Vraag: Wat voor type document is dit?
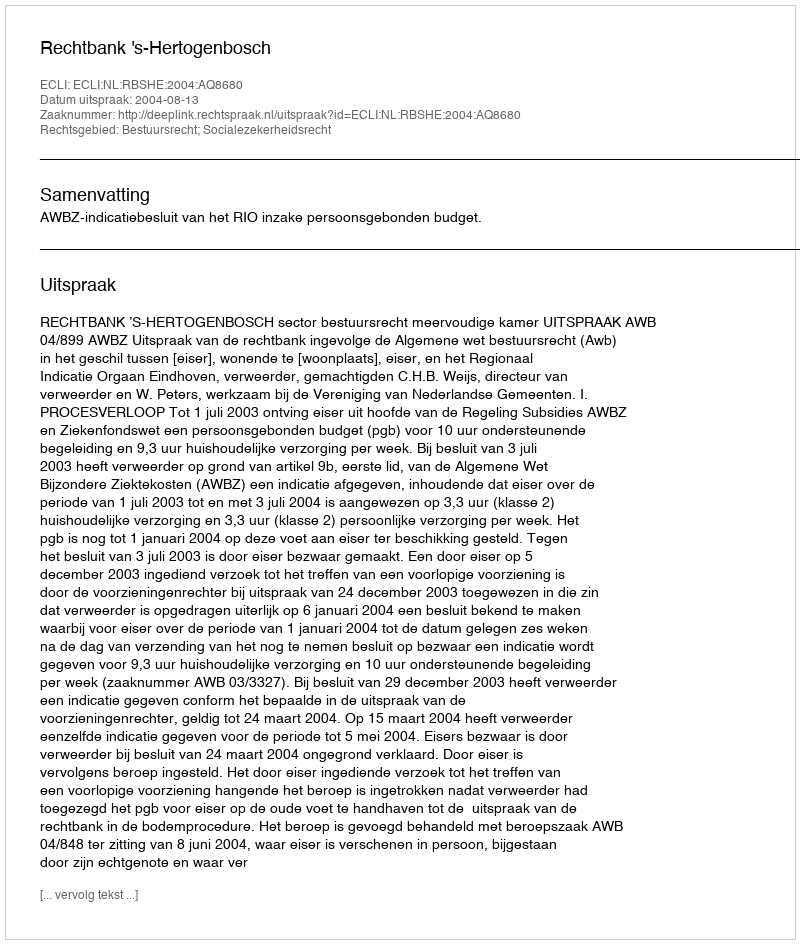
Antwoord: Uitspraak